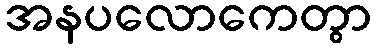
အနပလောကေတွာ